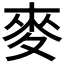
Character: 麥